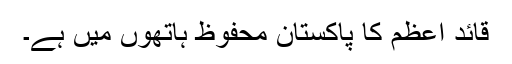
قائد اعظم کا پاکستان محفوظ ہاتھوں میں ہے۔